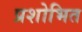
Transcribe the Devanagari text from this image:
प्रशोभित